NAE_ERA_R-1765_ENSV_Kirjanike_Liit_1945-1955, lk 7
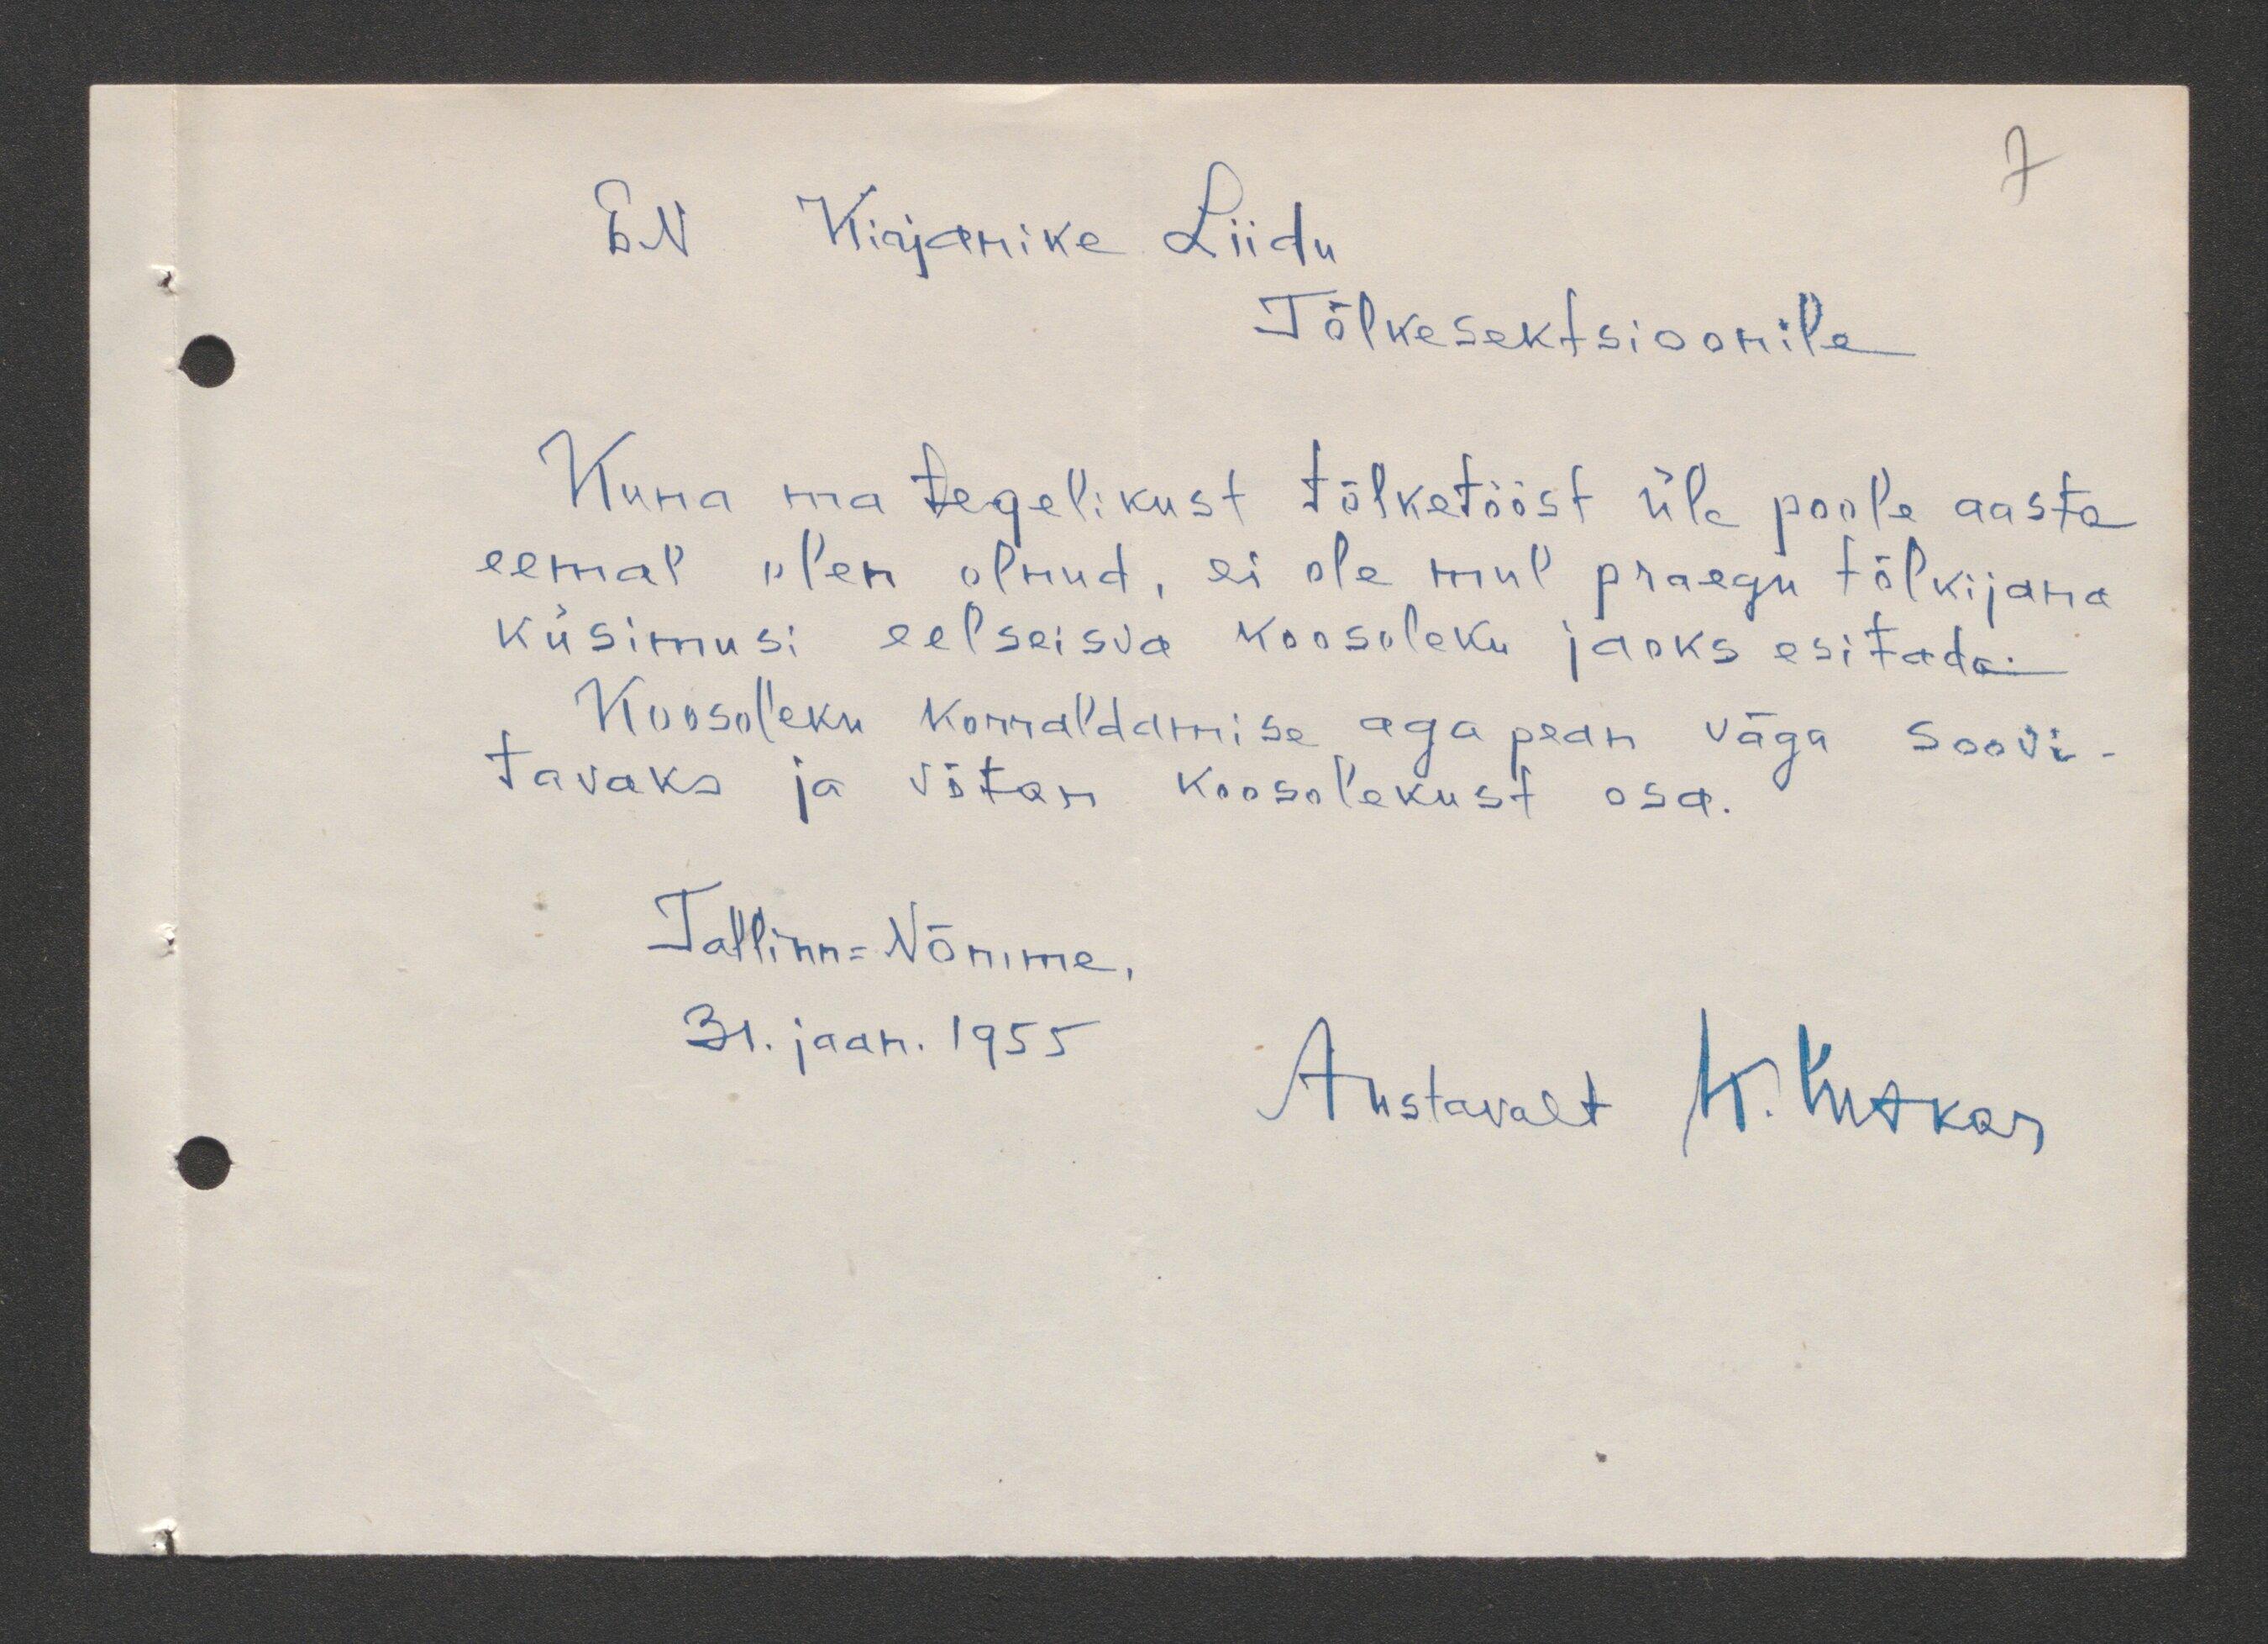
EN Kirjanike Liidu
Tõlkesektsioonile
Kuna ma tegelikust tõlketööst üle poole aasta
eemal olen olnud, ei ole mul praegu tõlkijana
küsimusi eelseisva koosoleku jaoks esitada.
Koosoleku korraldamise aga pean väga soovi
tavaks ja võtan koosolekust osa.
Tallinn-Nõmme,
31. jaan. 1955.